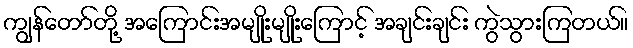
ကျွန်တော်တို့ အကြောင်းအမျိုးမျိုးကြောင့် အချင်းချင်း ကွဲသွားကြတယ်။